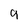
Character: g